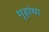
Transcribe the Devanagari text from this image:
गृहांचा